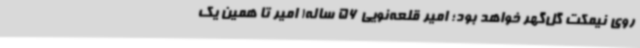
روی نیمکت گل‌گهر خواهد بود؛ امیر قلعه‌نویی 56 ساله! امیر تا همین یک